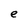
Character: e